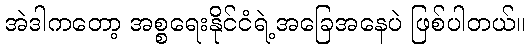
အဲဒါကတော့ အစ္စရေးနိုင်ငံရဲ့အခြေအနေပဲ ဖြစ်ပါတယ်။